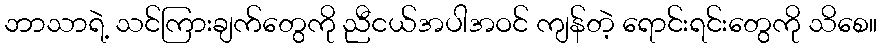
ဘာသာရဲ့ သင်ကြားချက်တွေကို ညီငယ်အပါအဝင် ကျန်တဲ့ ရောင်းရင်းတွေကို သိစေ။